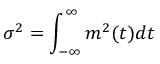
\sigma ^ { 2 } = \int _ { - \infty } ^ { \infty } m ^ { 2 } ( t ) d t